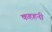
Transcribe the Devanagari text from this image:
कहहनी